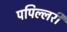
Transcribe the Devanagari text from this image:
पपिल्लरी